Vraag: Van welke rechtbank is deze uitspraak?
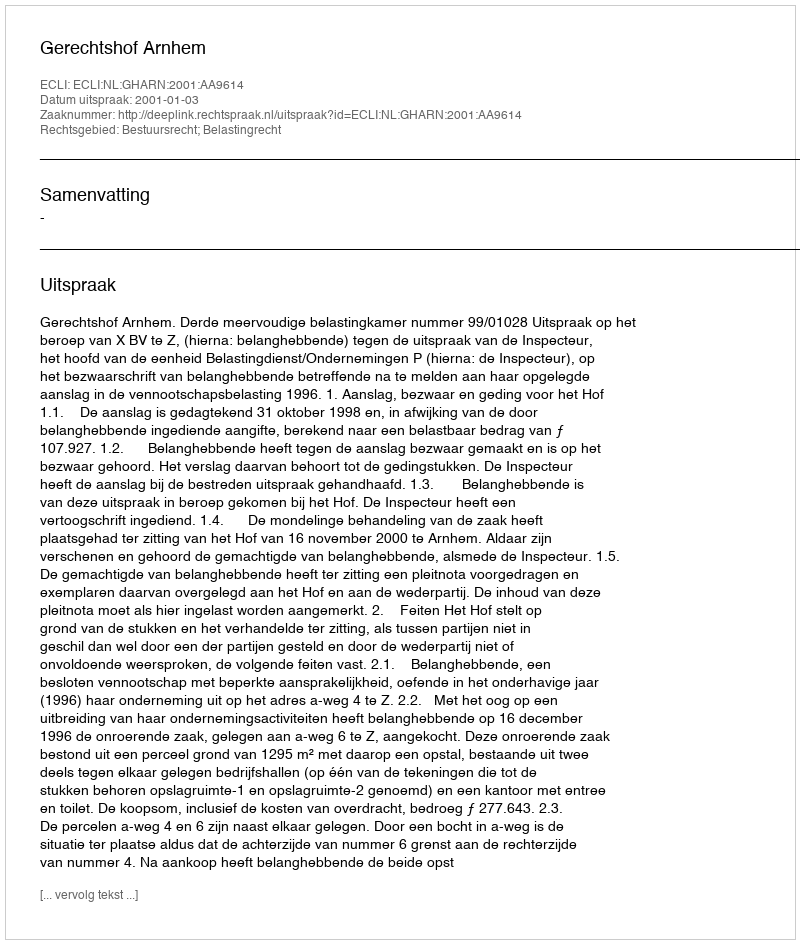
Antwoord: Gerechtshof Arnhem